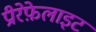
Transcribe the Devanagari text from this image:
प्रीरेफ़ेलाइट